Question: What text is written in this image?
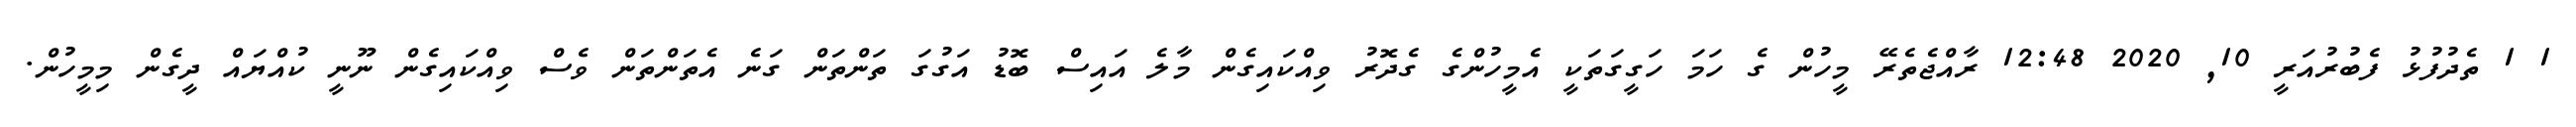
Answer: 1 1 ތެދުފުޅު ފެބުރުއަރީ 10, 2020 12:48 ރާއްޖެތެރޭ މީހުން ގެ ހަމަ ހަގީގަތަކީ އެމީހުންގެ ގެދޮރު ވިއްކައިގެން މާލެ އައިސް ބޮޑު އަގުގަ ތަންތަން ގަނެ އެތަންތަން ވެސް ވިއްކައިގެން ނޫނީ ކުއްޔައް ދީގެން މިމީހުން.